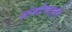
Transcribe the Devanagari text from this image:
संस्थेच्याही